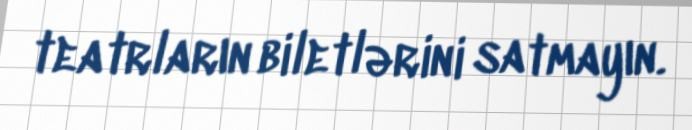
teatrların biletlərini satmayın.